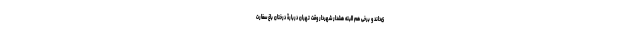
ی‌داند و برخی هم البته هشدار شهردار وقت تهران دربارۀ درختان باغ سفارت